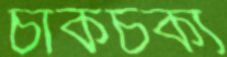
চাকচক্য